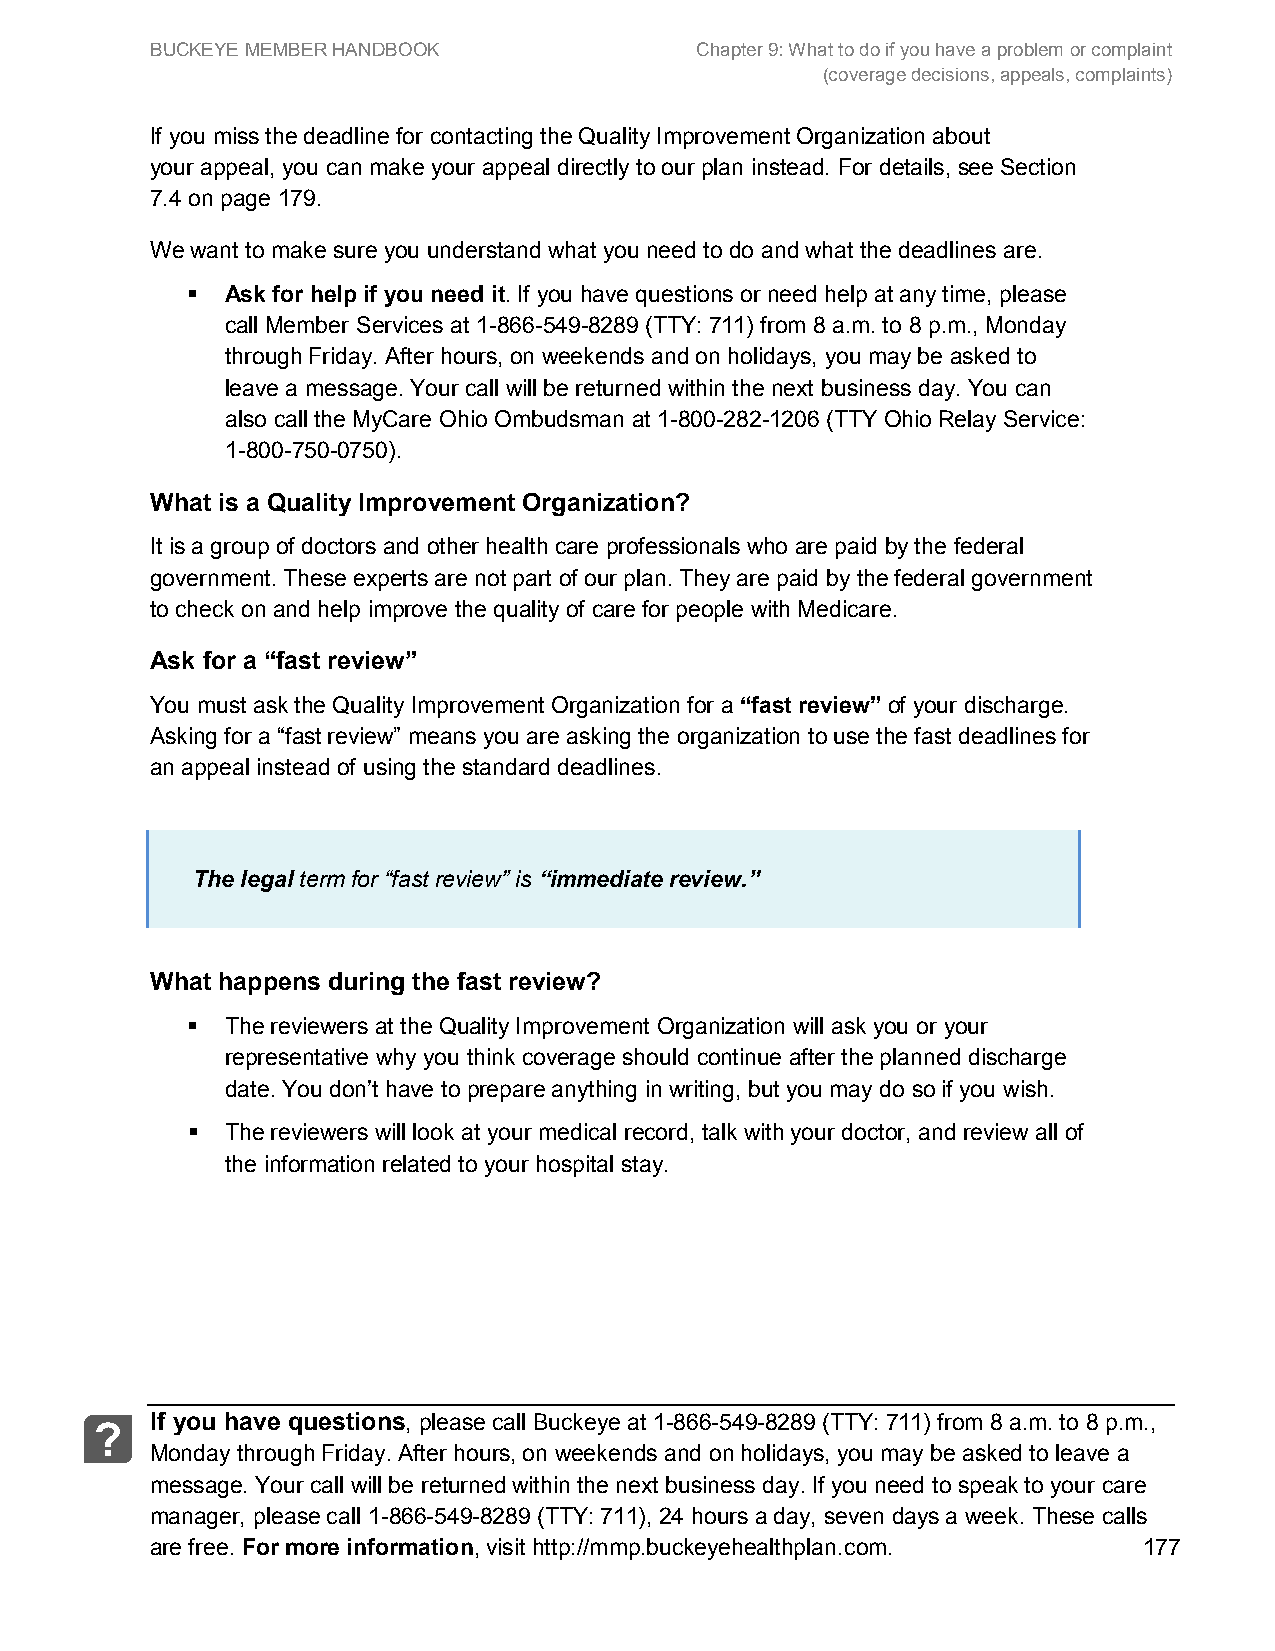
BUCKEYE MEMBER HANDBOOK             Chapter 9: What to do if you have a problem or complaint
 (coverage decisions, appeals, complaints)
 If you miss the deadline for contacting the Quality Improvement Organization about
 your appeal, you can make your appeal directly to our plan instead. For details, see Section
 7.4 on page 179.
 We want to make sure you understand what you need to do and what the deadlines are.
   Ask for help if you need it. If you have questions or need help at any time, please
 call Member Services at 1-866-549-8289 (TTY: 711) from 8 a.m. to 8 p.m., Monday
 through Friday. After hours, on weekends and on holidays, you may be asked to
 leave a message. Your call will be returned within the next business day. You can
 also call the MyCare Ohio Ombudsman at 1-800-282-1206 (TTY Ohio Relay Service:
 1-800-750-0750).
 What is a Quality Improvement Organization?
 It is a group of doctors and other health care professionals who are paid by the federal
 government. These experts are not part of our plan. They are paid by the federal government
 to check on and help improve the quality of care for people with Medicare.
 Ask for a “fast review”
 You must ask the Quality Improvement Organization for a “fast review” of your discharge.
 Asking for a “fast review” means you are asking the organization to use the fast deadlines for
 an appeal instead of using the standard deadlines.
 The legal term for “fast review” is “immediate review.”
 What happens during the fast review?
   The reviewers at the Quality Improvement Organization will ask you or your
 representative why you think coverage should continue after the planned discharge
 date. You don’t have to prepare anything in writing, but you may do so if you wish.
   The reviewers will look at your medical record, talk with your doctor, and review all of
 the information related to your hospital stay.
 If you have questions, please call Buckeye at 1-866-549-8289 (TTY: 711) from 8 a.m. to 8 p.m.,
 ?
 Monday through Friday. After hours, on weekends and on holidays, you may be asked to leave a
 message. Your call will be returned within the next business day. If you need to speak to your care
 manager, please call 1-866-549-8289 (TTY: 711), 24 hours a day, seven days a week. These calls
 are free. For more information, visit http://mmp.buckeyehealthplan.com. 177